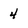
Character: 4